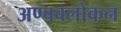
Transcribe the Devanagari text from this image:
अण्ववलोकन